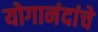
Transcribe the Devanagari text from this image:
योगानंदांचे